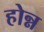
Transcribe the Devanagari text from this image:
होन्न